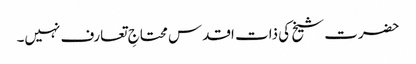
حضرت شیخ کی ذات اقدس محتاجِ تعارف نہیں۔